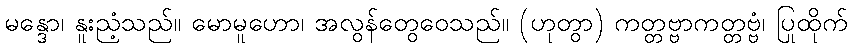
မန္ဒော၊ နူးညံ့သည်။ မောမူဟော၊ အလွန်တွေဝေသည်။ (ဟုတွာ) ကတ္တဗ္ဗာကတ္တဗ္ဗံ၊ ပြုထိုက်